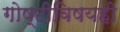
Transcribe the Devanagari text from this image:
गोष्टीविषयही